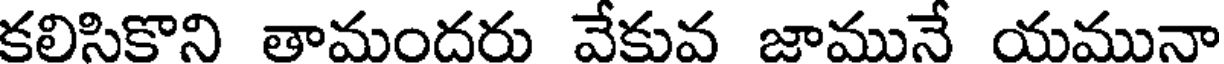
కలిసికొని తామందరు వేకువ జామునే యమునా